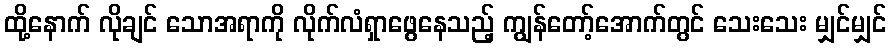
ထို့နောက် လိုချင် သောအရာကို လိုက်လံရှာဖွေနေသည့် ကျွန်တော့်အောက်တွင် သေးသေး မျှင်မျှင်